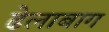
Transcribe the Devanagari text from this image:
ढेलाबाग